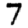
Digit: 7